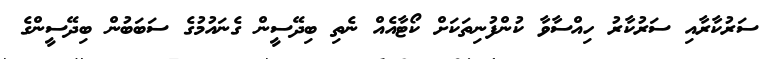
ސަރުކާރާއި ސަރުކާރު ހިއްސާވާ ކުންފުނިތަކަށް ކޯޓާއެއް ނެތި ބިދޭސީން ގެނައުމުގެ ސަބަބުން ބިދޭސީންގެ